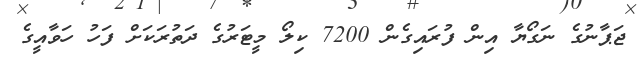
ޖަޕާނުގެ ނަގޯޔާ އިން ފުރައިގެން 7200 ކިލޯ މީޓަރުގެ ދަތުރަކަށް ފަހު ހަވާއީގެ